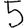
Digit: 5